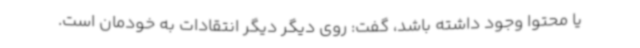
یا محتوا وجود داشته باشد، گفت: روی دیگر دیگر انتقادات به خودمان است.